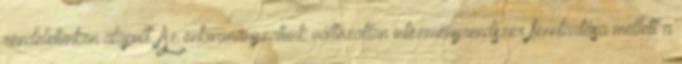
rendeletünkön alapult. Az önkormányzatunk változatlan intézményrendszer fenntartása mellett a